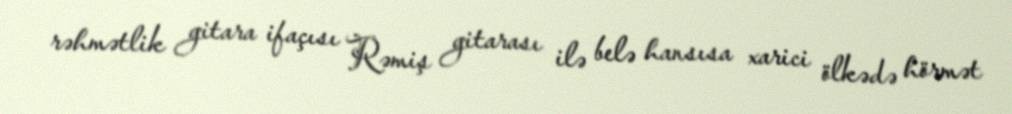
rəhmətlik gitara ifaçısı Rəmiş gitarası ilə belə hansısa xarici ölkədə hörmət